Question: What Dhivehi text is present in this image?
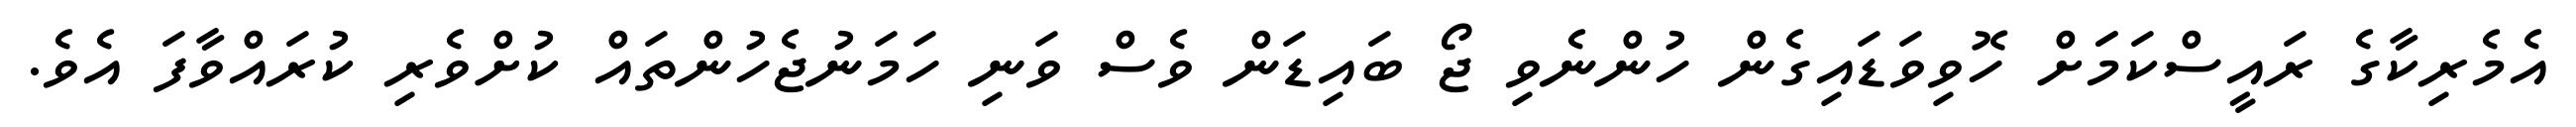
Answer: އެމެރިކާގެ ރައީސްކަމަަށް ހޮވިވަޑައިގެން ހުންނެވި ޖޯ ބައިޑަން ވެސް ވަނި ހަމަނުޖެހުންތައް ކުށްވެރި ކުރައްވާފަ އެވެ.